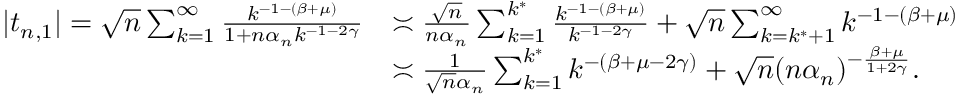
\begin{array} { r l } { | t _ { n , 1 } | = \sqrt { n } \sum _ { k = 1 } ^ { \infty } \frac { k ^ { - 1 - ( \beta + \mu ) } } { 1 + n { \alpha _ { n } } k ^ { - 1 - 2 \gamma } } } & { \asymp \frac { \sqrt { n } } { n { \alpha _ { n } } } \sum _ { k = 1 } ^ { k ^ { * } } \frac { k ^ { - 1 - ( \beta + \mu ) } } { k ^ { - 1 - 2 \gamma } } + \sqrt { n } \sum _ { k = { k ^ { * } } + 1 } ^ { \infty } k ^ { - 1 - ( \beta + \mu ) } } \\ & { \asymp \frac { 1 } { \sqrt { n } \alpha _ { n } } \sum _ { k = 1 } ^ { k ^ { * } } k ^ { - ( \beta + \mu - 2 \gamma ) } + \sqrt { n } ( n \alpha _ { n } ) ^ { - \frac { \beta + \mu } { 1 + 2 \gamma } } . } \end{array}